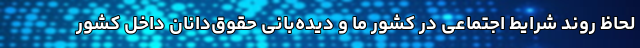
لحاظ روند شرایط اجتماعی در کشور ما و دیده‌بانی حقوق‌دانان داخل کشور